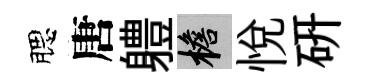
腮唐軆檐悦研